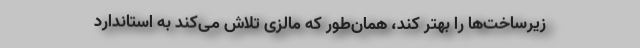
زیرساخت‌ها را بهتر کند، همان‌طور که مالزی تلاش می‌کند به استاندارد